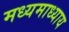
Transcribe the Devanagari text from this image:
मध्यमाध्याय